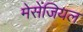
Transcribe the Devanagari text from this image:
मेसेंजियल